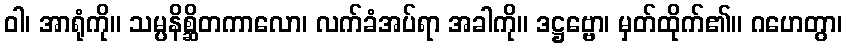
ဝါ၊ အာရုံကို။ သမ္ပနိစ္ဆိတကာလော၊ လက်ခံအပ်ရာ အခါကို။ ဒဋ္ဌဗ္ဗော၊ မှတ်ထိုက်၏။ ဂဟေတွာ၊